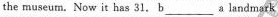
the museum.Now it has 31.B ___ a landmnark